Bréfritari: Jón Jónsson
Viðtakandi: Jón Borgfirðings Jónsson
Dagsetning: A-1868-11-10
Skrifað á: Geldingaá  Borg.

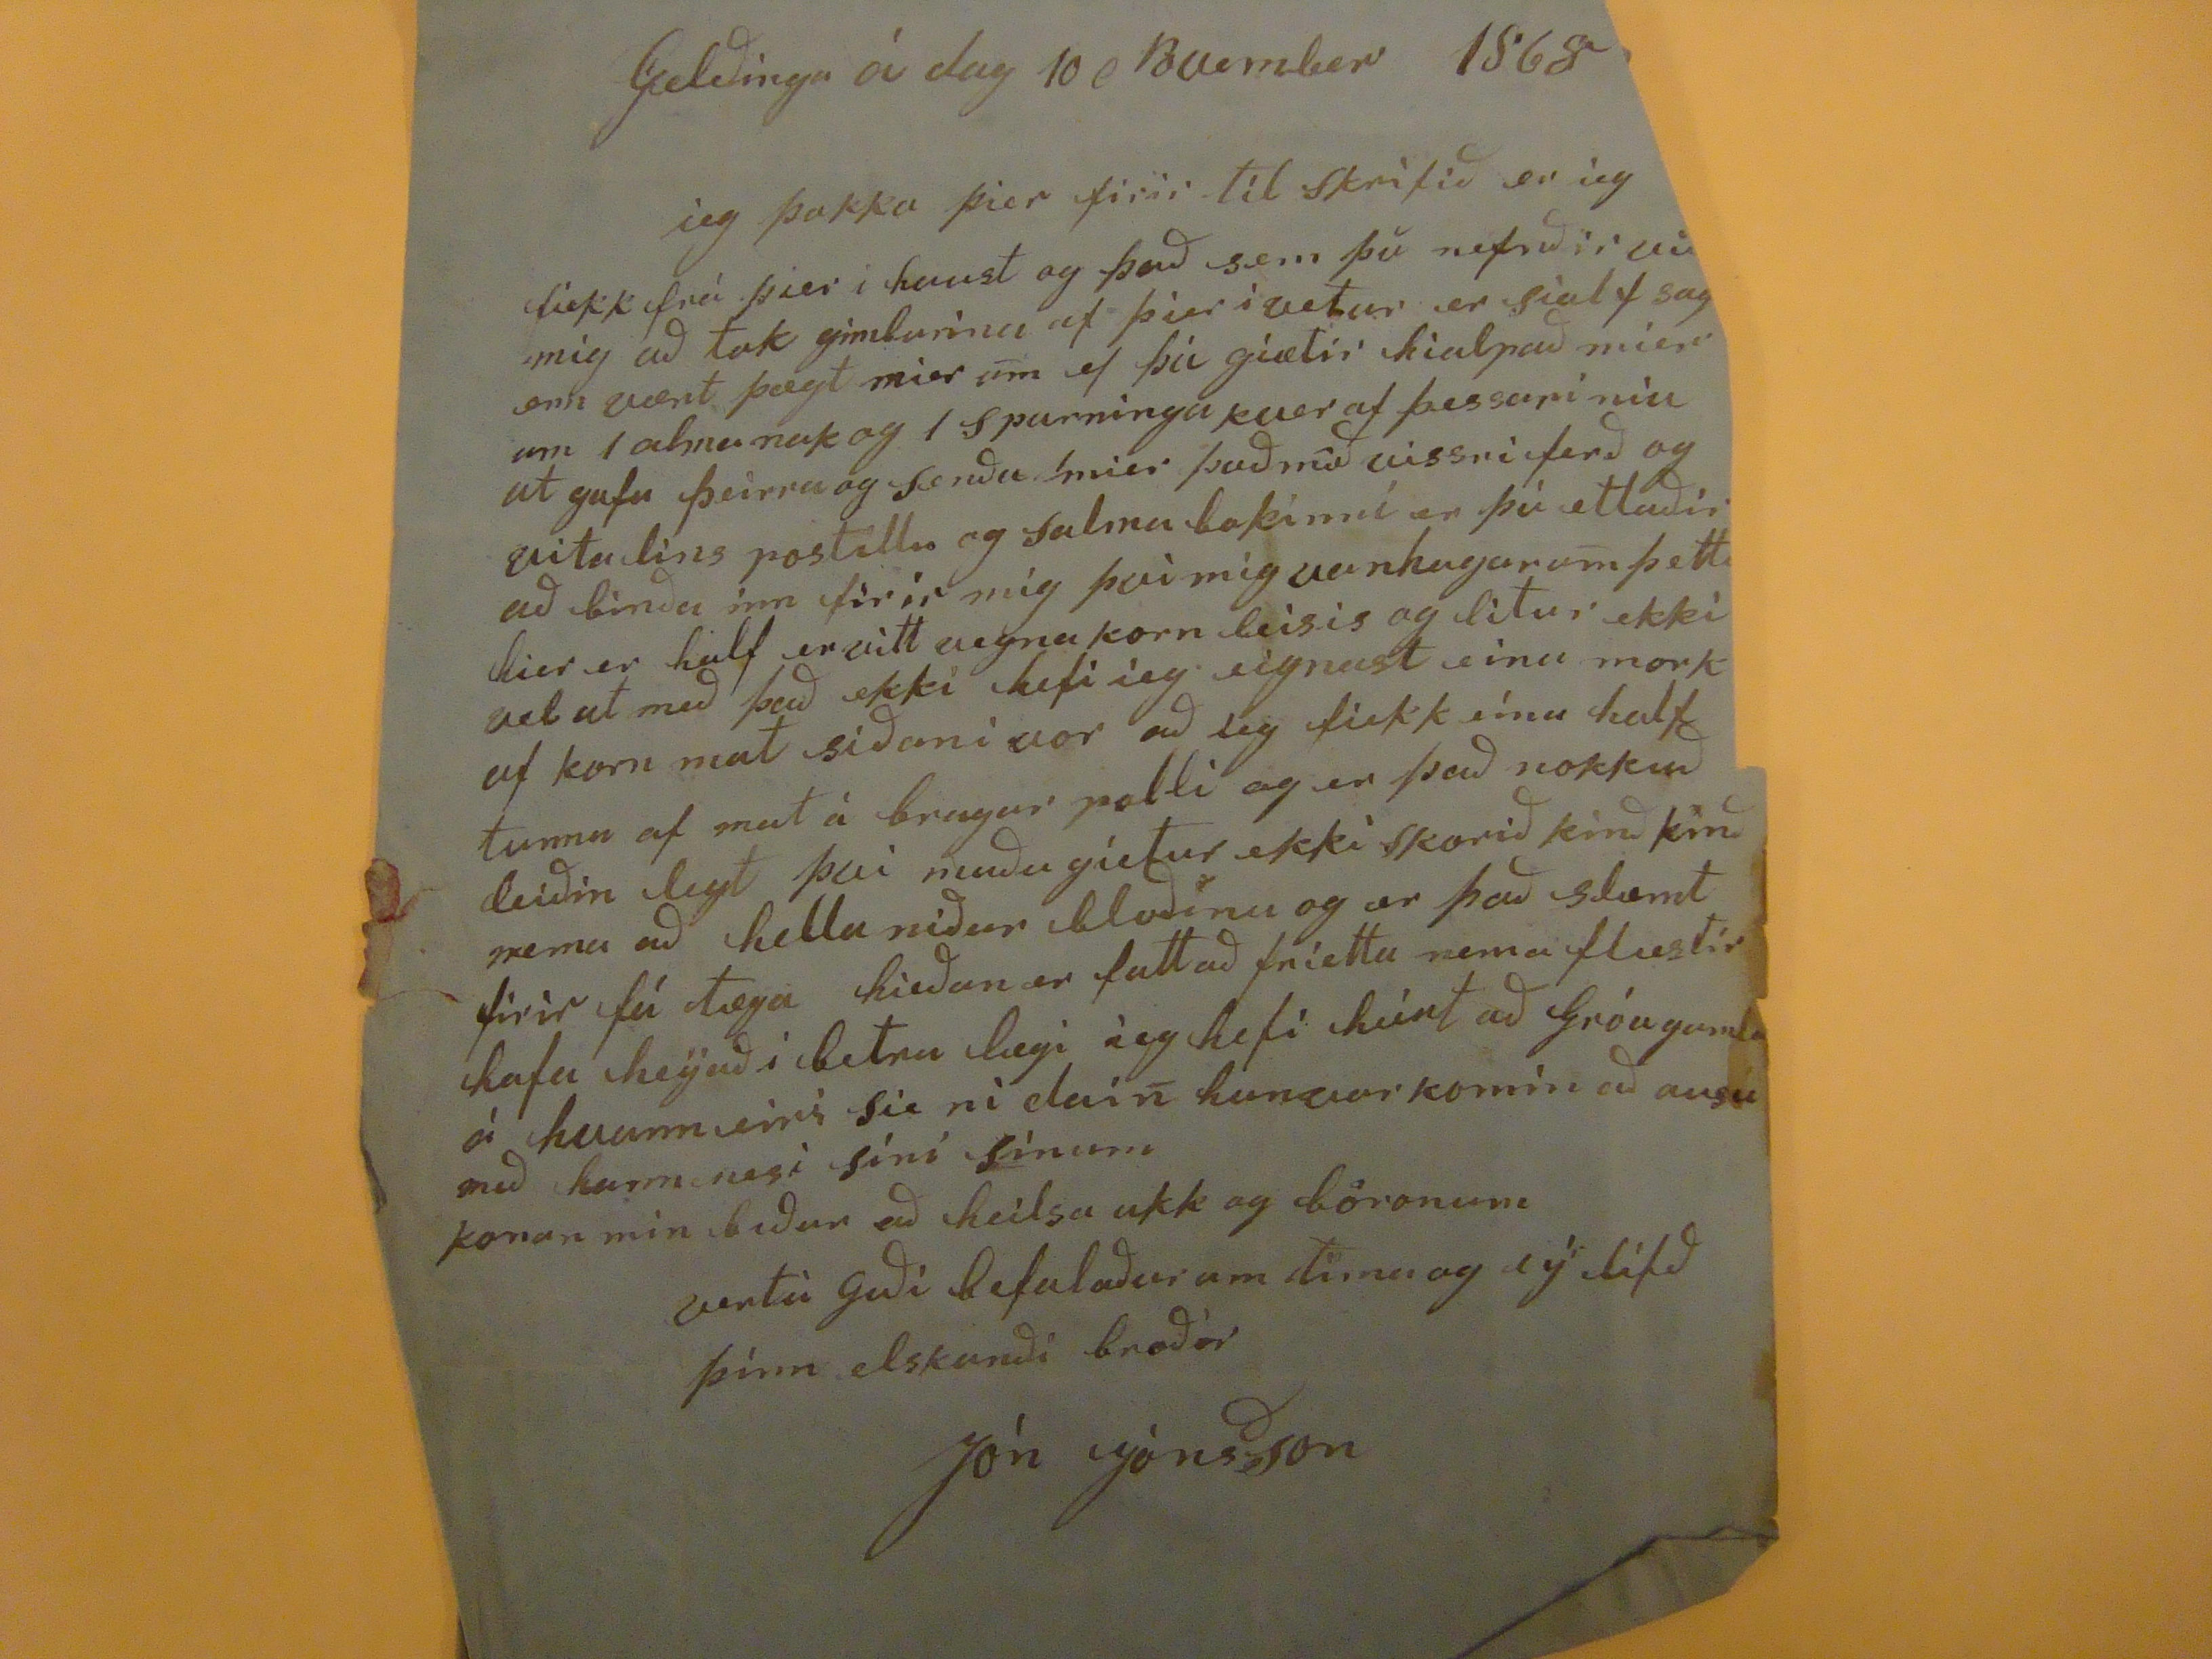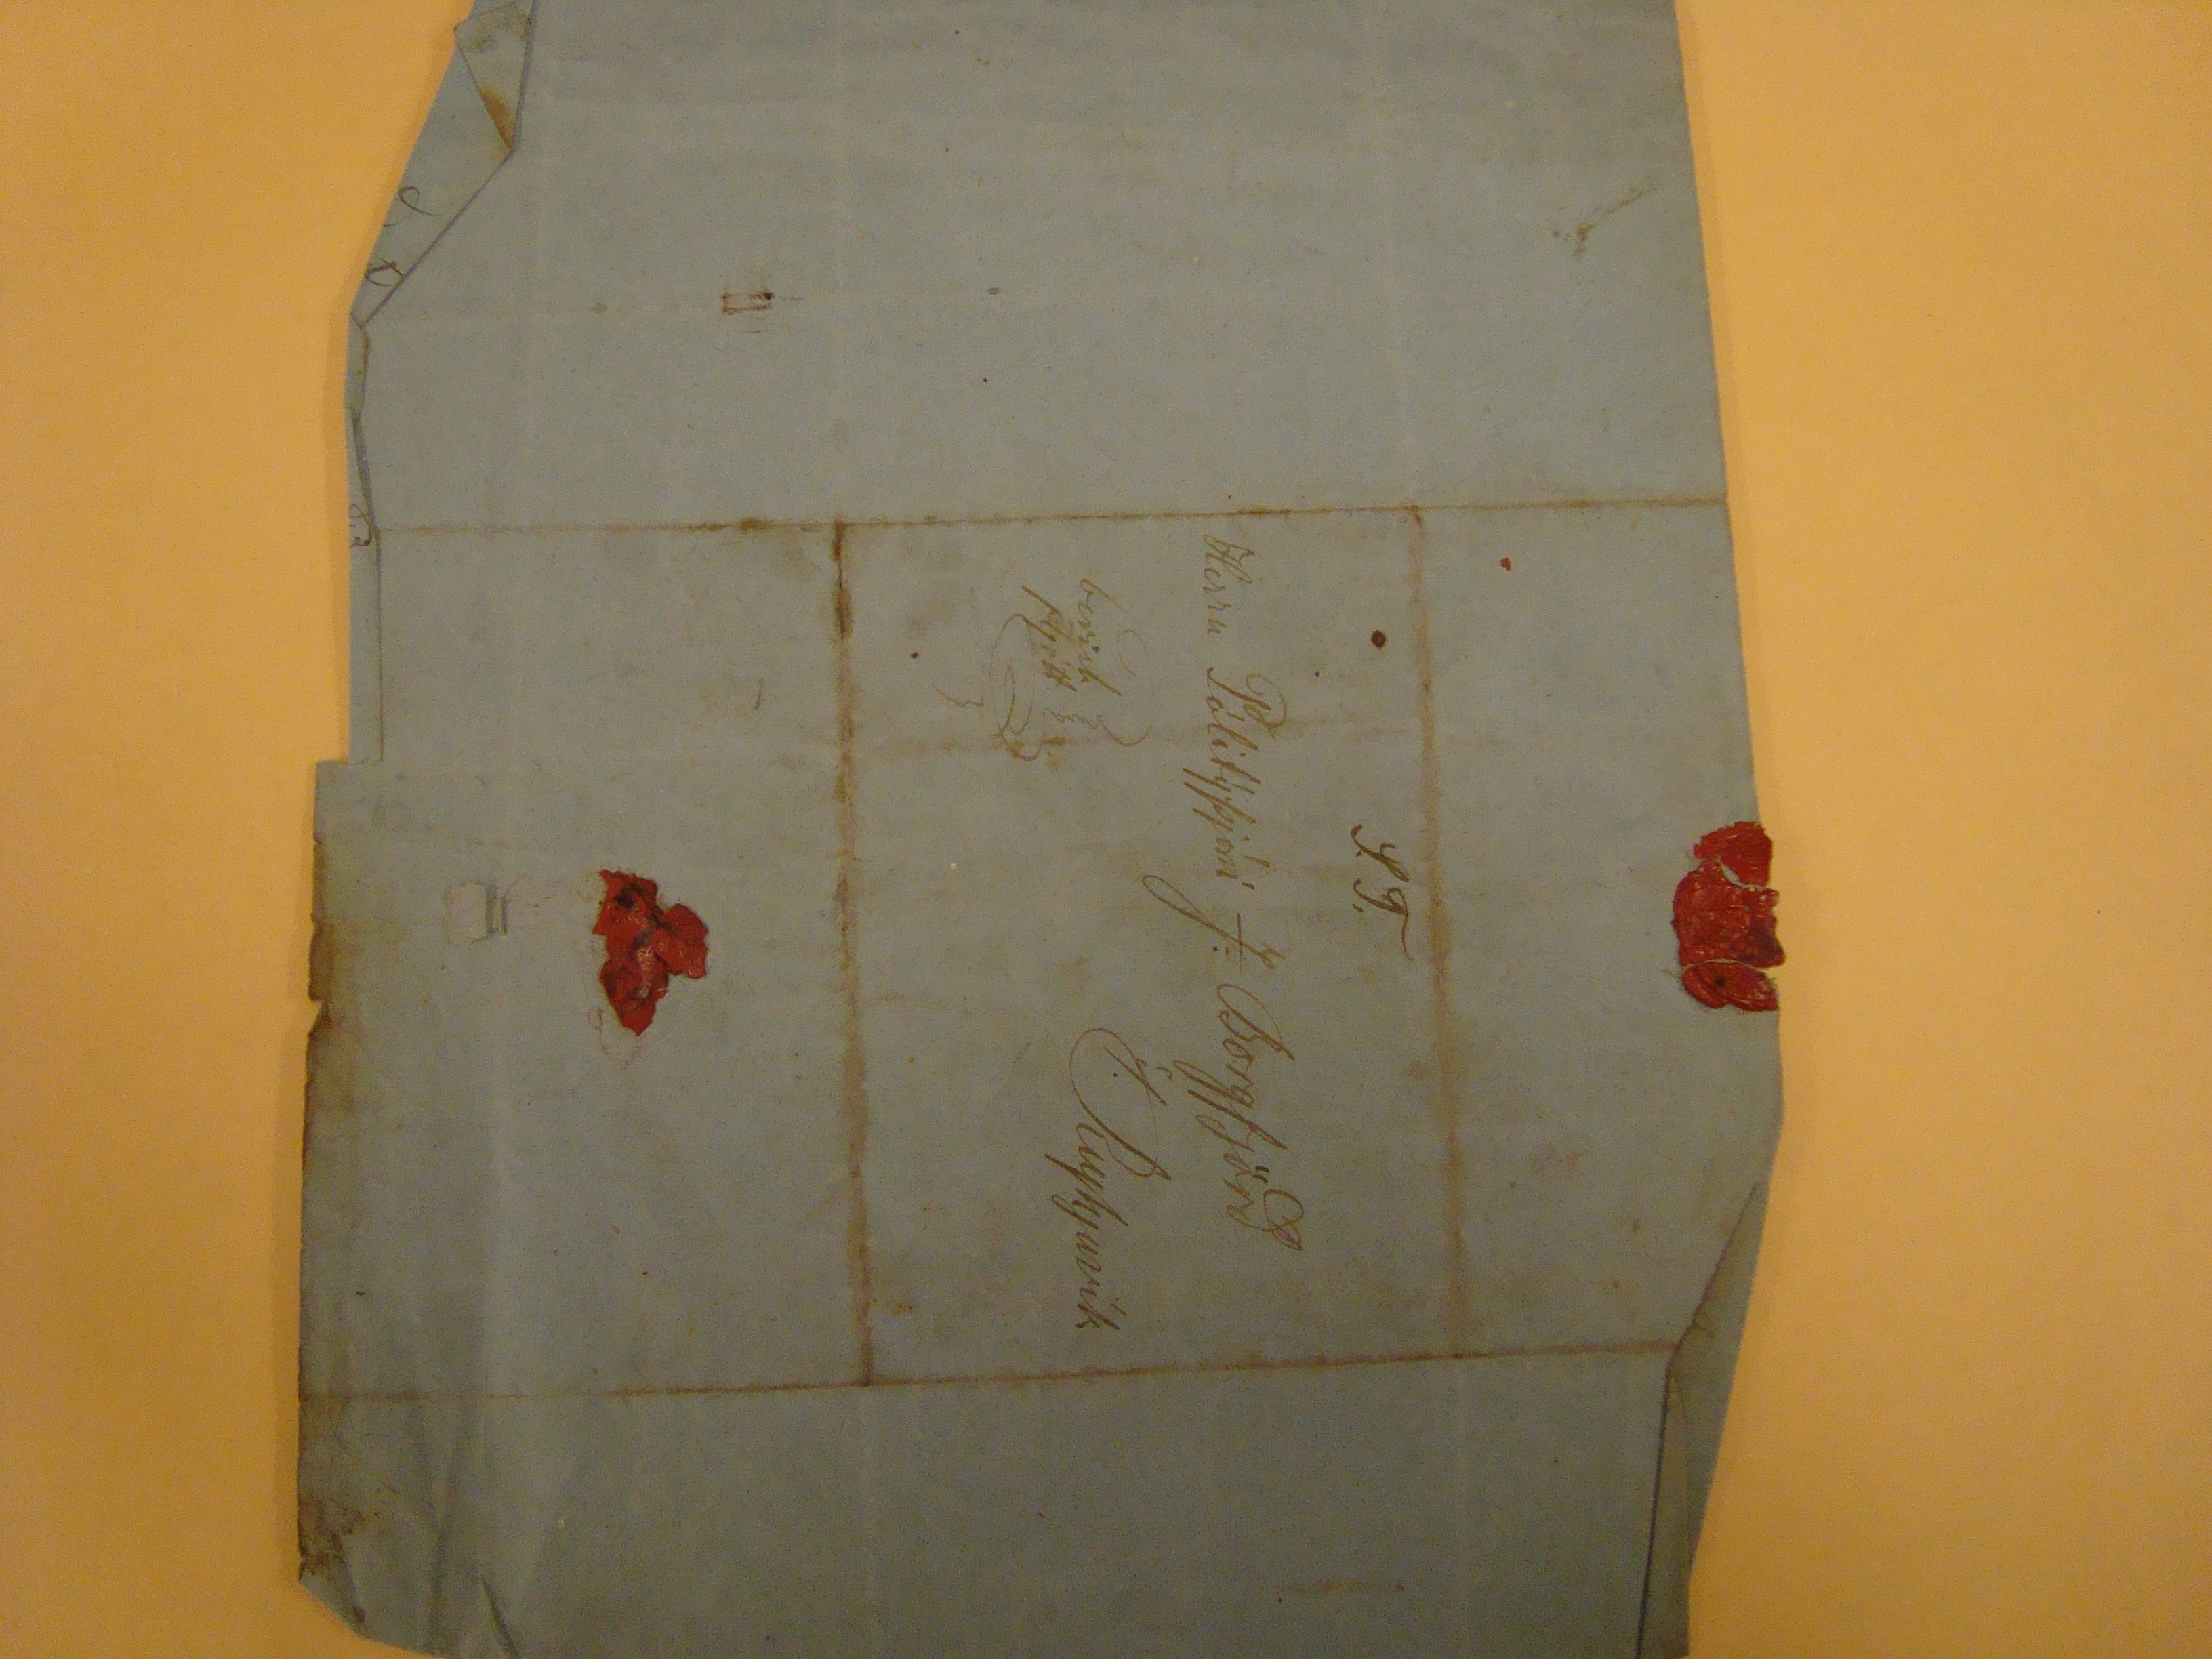

Gelðínga á dag 10 November 1868
ieg þakka þier firir til skrifið er ieg fiekk frá þier i haust og það sem þu nefndðir við mig að tok gimburina af þier i vetur er sialf sag
?
enn vænt þægt mier um ef þú giætir hialpað mier um 1 almanak og 1 spurninga kver af þessari niu ut gafu þeirra og senða mier það mið vissri ferð og vitalins postillu og salmabokinni er þú ætlaðir að binða inn firir mig því mig vanhagar um þetta hier er half ervitt vegna korn leisis og litur ekki vel ut með það ekki hefi ieg eignast eina mork af korn mat siðan i vor og ieg fiekk eína half tunnu af mat á bragar polli og er það nokkuð leiðin legt því maðu gíetur ekki skorið kinð kinð nema að hella niður bloðinu og er það slæmt firir fá tæga hieðan er fatt að frietta nema flæstir hafa heijað i betra lægi ieg hefi heirt að Gróagamla á hvanneiri sie ni dain hunvar komin að ausu með
hann nesi
sini sinum konan min biður að heilsa ukk og böronum
vertu Guði befalaður um tíma og eý lífð þinn elskanði broðir
Jón Jónsson
S.T.
Herra Pólitýþjóni J. Borgfjörð
í/ Reykjavík
berist fljótt